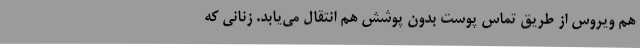
هم ویروس از طریق تماس پوست بدون پوشش هم انتقال می‌یابد. زنانی که